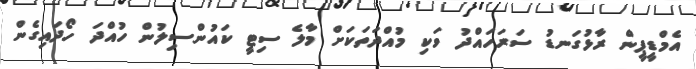
އެމްޑީޕީން ރާޅުގަނޑު ސަރަހައްދު ވަކި މުއްދަތަކަށް މާލެ ސިޓީ ކައުންސިލުން ހުއްދަ ހޯދައިގެން